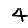
Digit: 4